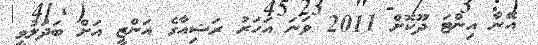
އޭނާ އިންޓަ ދޫކޮށް 2011 ވަނަ އަހަރު ރަޝިއާގެ އަންޒީ އަށް ބަދަލުވީ